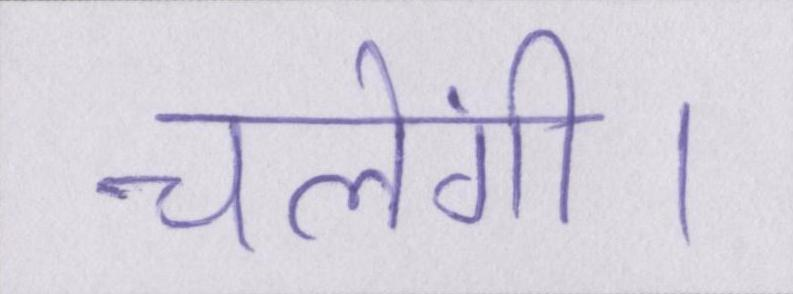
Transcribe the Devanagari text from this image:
चलेंगी।